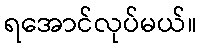
ရအောင်လုပ်မယ်။